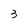
Character: 3